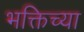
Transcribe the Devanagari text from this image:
भक्तिच्या